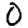
Digit: 0